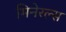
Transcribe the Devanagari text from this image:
मिनेरल्स